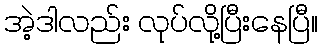
အဲ့ဒါလည်း လုပ်လို့ပြီးနေပြီ။